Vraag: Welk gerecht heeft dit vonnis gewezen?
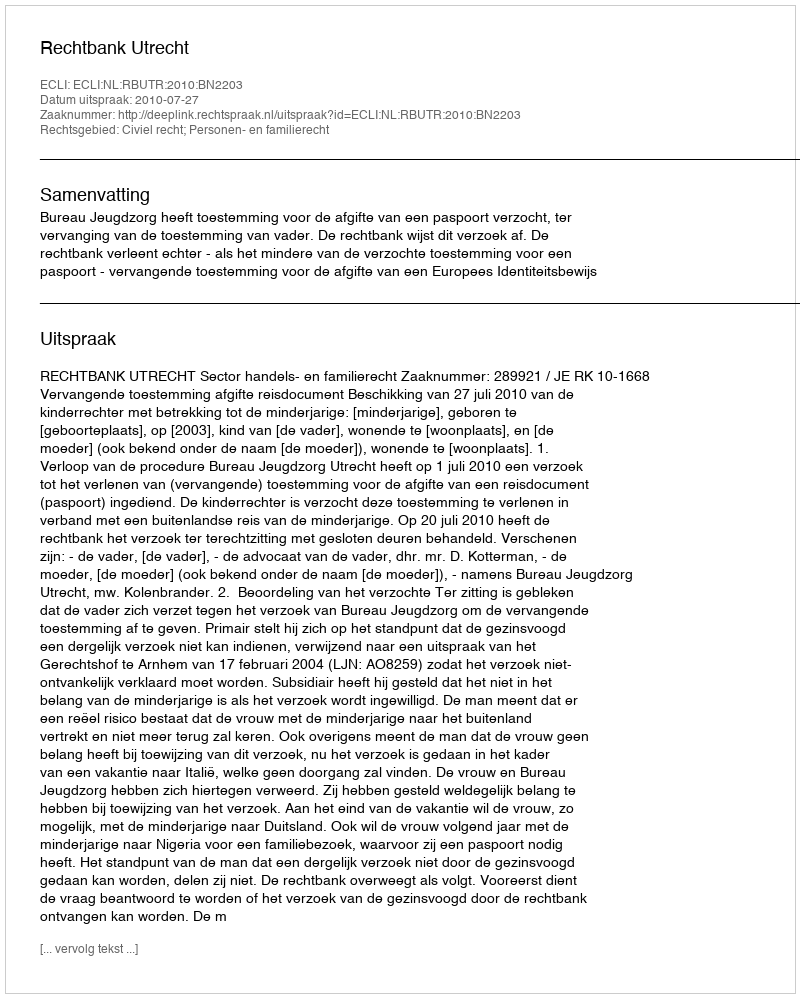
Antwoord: Rechtbank Utrecht